Bréfritari: Sigríður Pálsdóttir
Viðtakandi: Páll Pálsson
Dagsetning: A-1841-12-12
Skrifað á: Síðumúla  Mýr.
Páll var bróðir Sigríðar

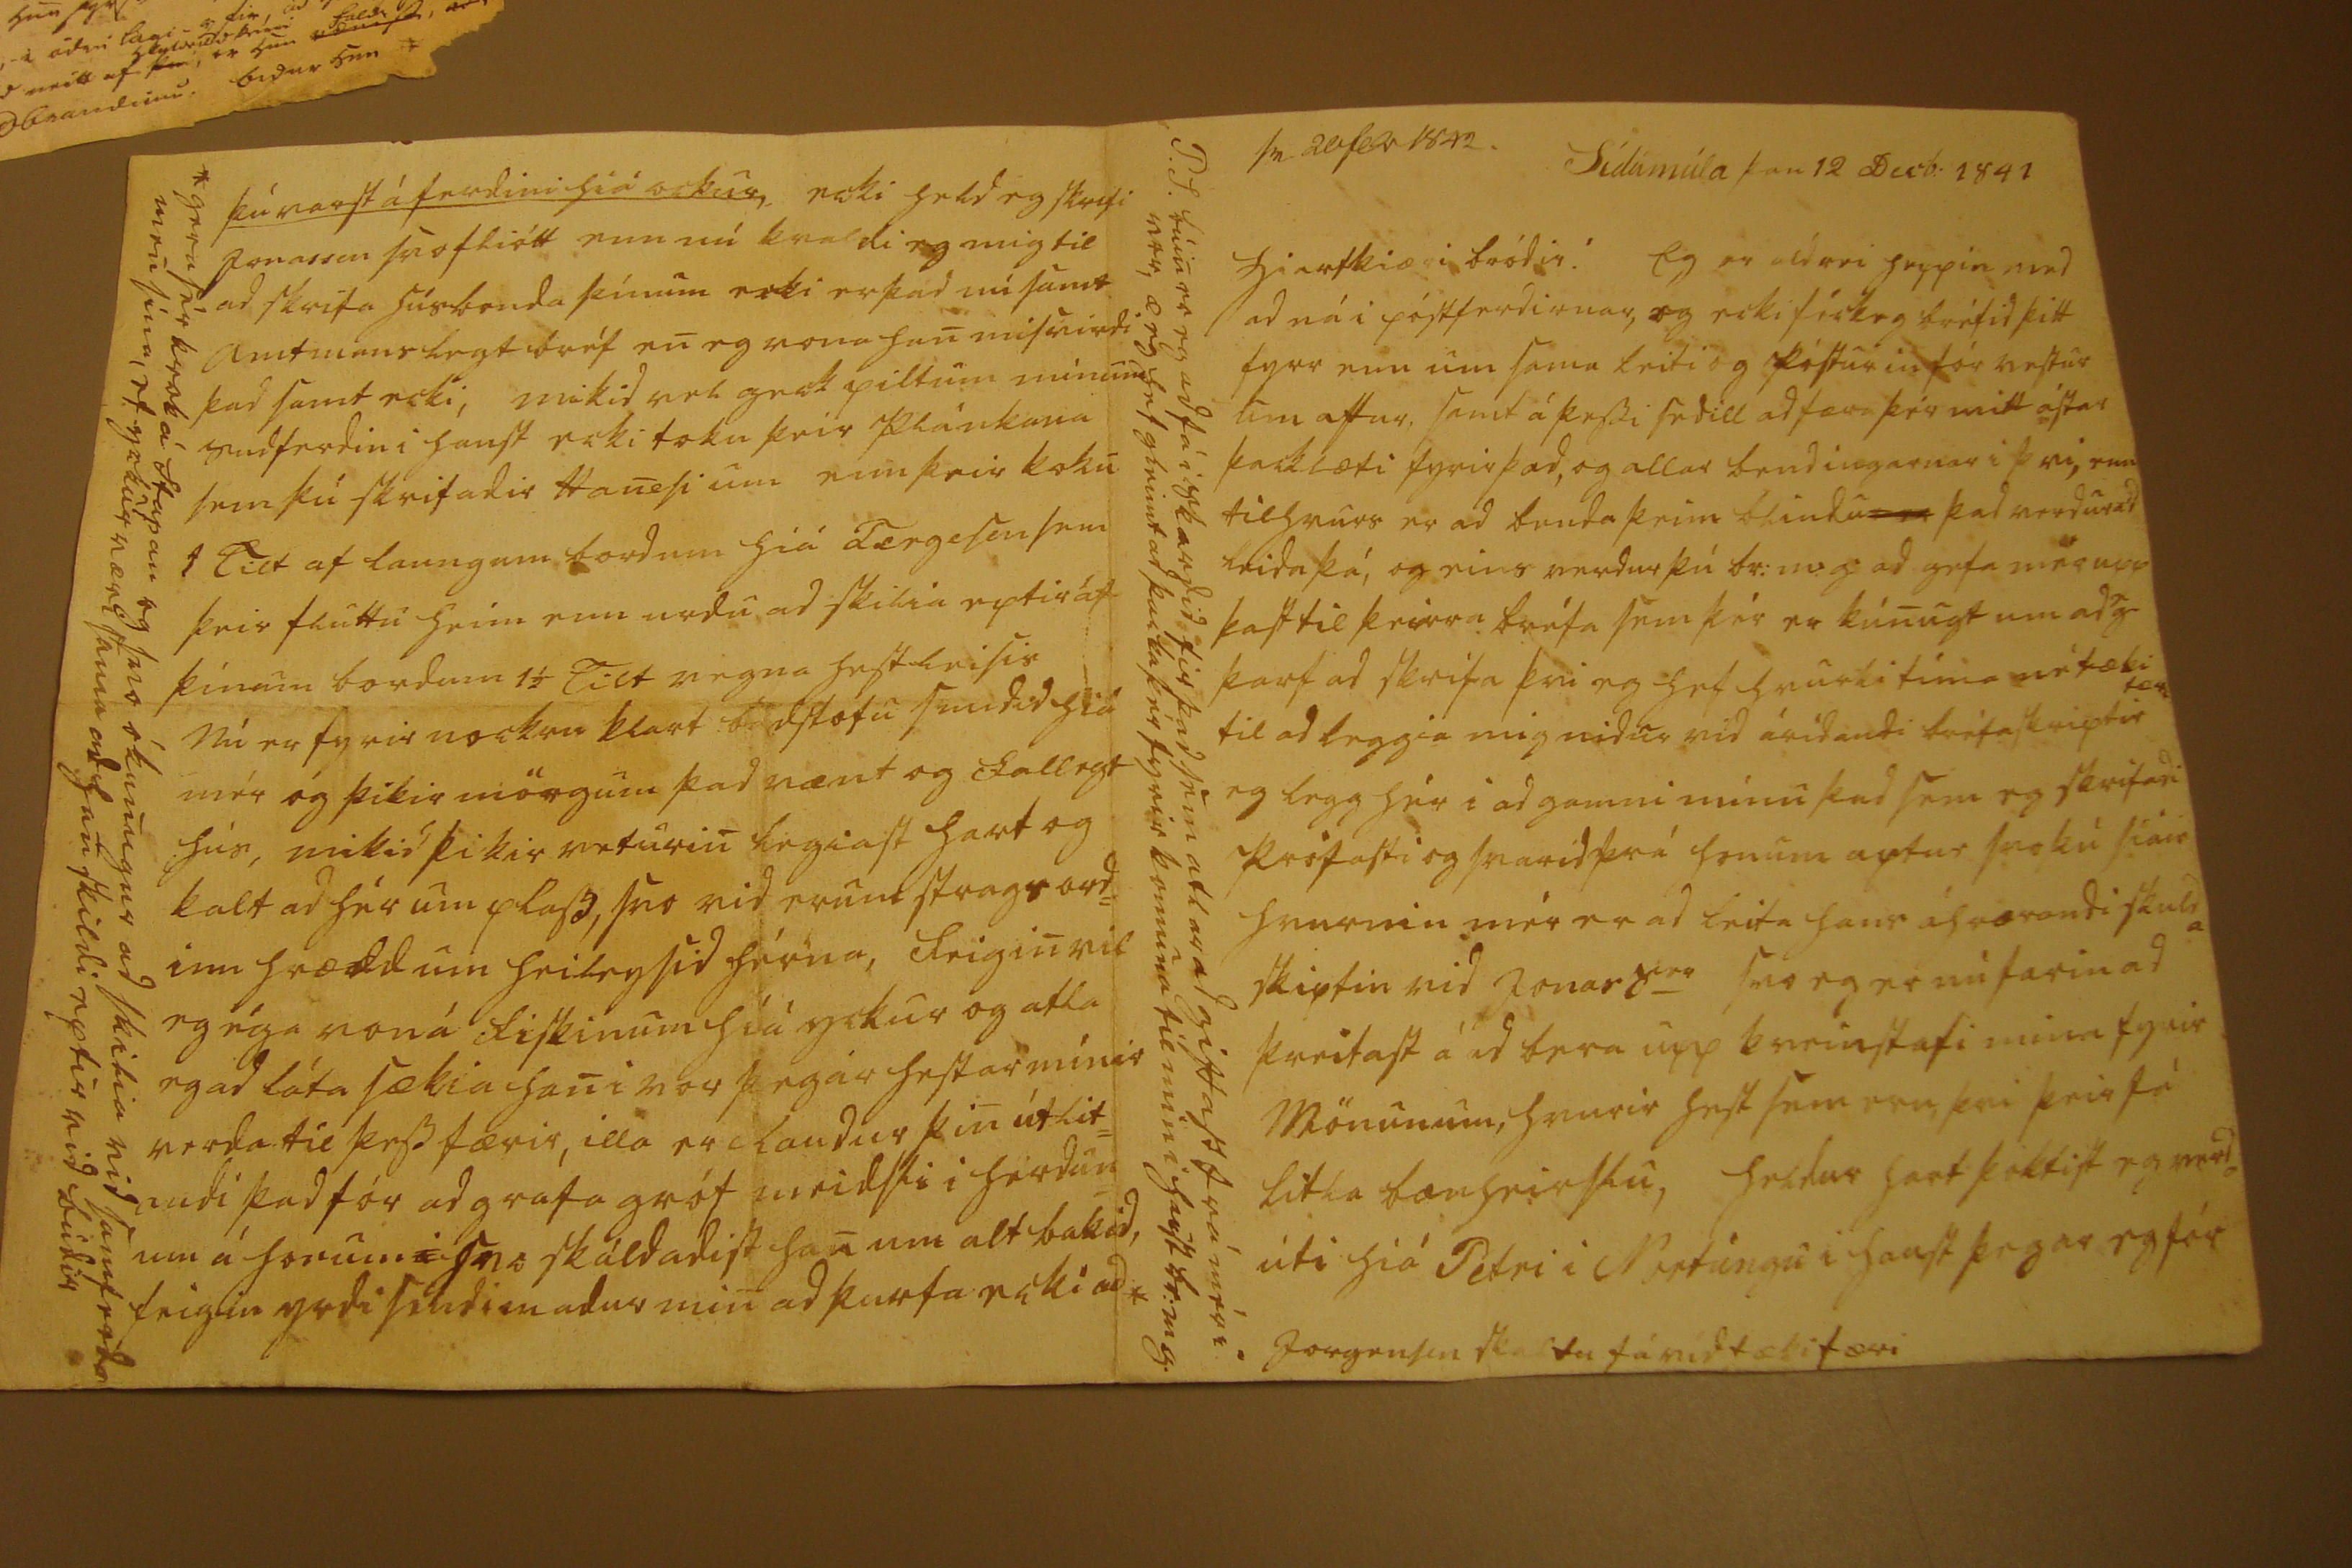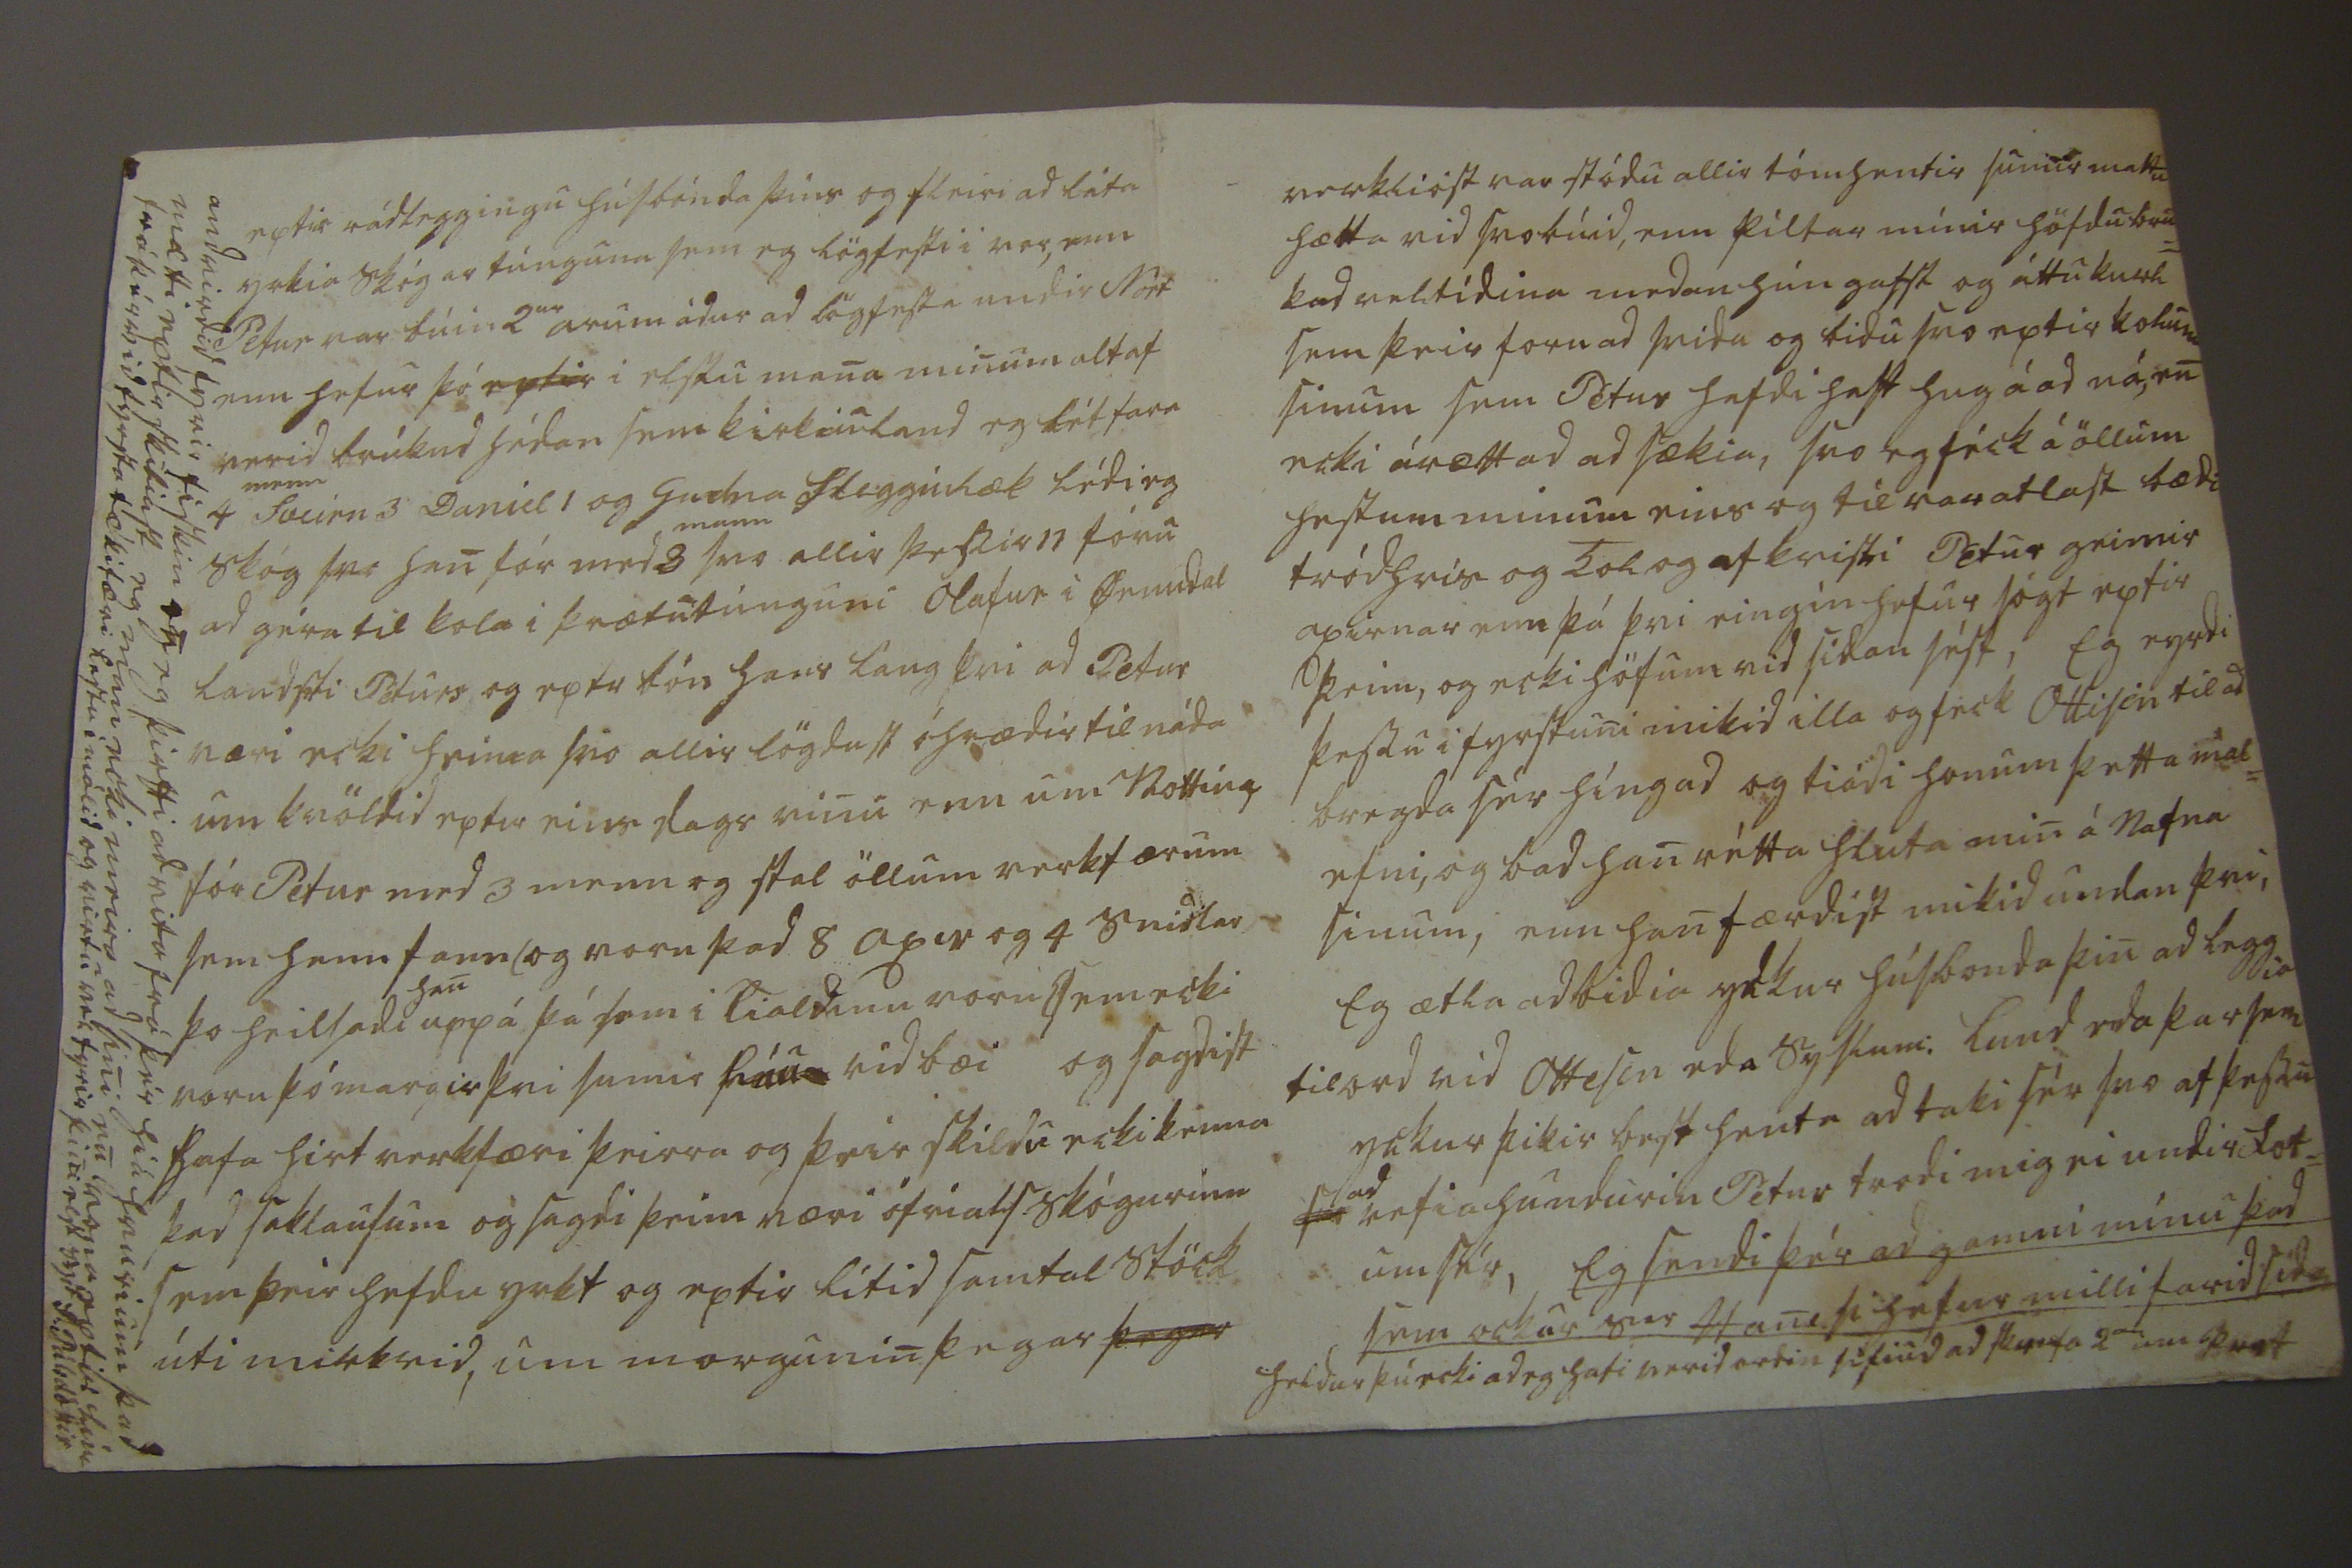

sv. 20 febr 1842 Sídumúla þan 12 Decb: 1841
Hiartkiæri bródir! Eg er aldrei heppin med ad ná i póstferdirnar, og ecki féck eg bréfid þitt fyrr enn um sama leiti og pósturin fór vestur um aftur, samt á þessi sedill ad færa þér mitt ástar þacklæti fyrir þad, og allar bendingarnar i þvi, enn tilhvurs er ad benda þeim blindu
er
þad verdur ad leida þá, og eins verdur þú br: m. g: ad gefa mér upp kast til þeirra bréfa sem þér er kúnugt um ad
e
g þarf ad skrifa þvi eg hef hvurki tíma né tækifæri til ad leggia mig nidur vid árídandi bréfaskriptir eg legg hér i ad gamni mínu þad sem eg skrifadi prófasti og svarid frá honum aptur svo þú siáir hvurnin mér er ad leita hans áhrærandi skulda skiptin vid Jonas S
er
svo eg er nú farin ad þreifast á ad bera upp kveinstafi mina fyrir Mönunum, hvurir hest sem eru, þvi þeir fá litla bænheirslu, heldur hart þóktist eg
verda
úti hiá Petri i Nortúngu i haust þegar eg fór
P.S. búin er eg ad fá i Skardid fir þad sem atlar ad giftast frá mér i vor, æ eg hef gleimt ad þacka þér fyrir komuna til min i haust br:m.g. Jorgensen skaltu fá vid tækifæri
eptir rádleggingu húsbónda þíns og fleiri ad láta yrkia skógar túnguna sem eg lögfesti i vor, enn Petur var búin 2
ur
arum ádur ad lögfesta undir Nort enn hefur þó
eptir
i elstu mana minum altaf verid brúkud hédan sem kirkiuland eg lét fara 4
menn
Sveirn 3 Daniel 1 og Gudna fleggiulæk lédi eg skóg svo han fór med 3
mann
svo allir þessir 11 fóru ad géra til kola i þrætutúnguni Olafur i Örundar landseti Péturs og eptir bón hans laug þvi ad Petur væri ecki heima svo allir lögdust óhrædir til náða um kvöldid eptir eins dags vinu enn um Nottina fór Petur med 3 menn og stal öllum verkfærum sem hann fann (og voru þad 8 axir og 4
snidlar
) þo heilsadi
han
uppá þá sem i Tialdinu voru
0
enn ecki voru þó margir þvi sumir
láu
vid bæi og sagdist hafa hirt verkfæri þeirra og þeir skildu ecki kenna þad saklausum og sagdi þeim væri ófrials skógurinn sem þeir hefdu yrkt og eptir lítid samtal stöck úti mirkrid, um morgunin þegar
þegar
verklióst var stódu allir tómhentir sumir mattu hætta vid svobúid, enn piltar mínir höfdu brú= kad veltídina medan hún gafst og áttu
kurl
sem þeir foru ad snida og bidu svo eptir kolum sinum sem Pétur hafdi haft hug á ad ná, en ecki árætt ad ad sækia, svo eg féck á öllum hestum minum eins og til var atlast bædi tródh
ris
og kol og af kvisti Pétur geimir axinar enn þá þvi eingin hefur sógt eptir þeim, og ecki höfum vid sídan sést, Eg eyrdi þessu i fyrstuni mikid illa og feck Ottise-in til ad bregda sér híngad og tiádi honum þetta má= efni, og bad han rétta hluta min á Nafna sínum, enn han færdist mikid undan þvi, Eg ætla ad bidia yckur húsbonda þin ad leggia tilord vid Ottesen eda syslum: Lund eda þar sem yckur þikir best henta ad taki sér svo af þessu
fór
ad
vefia hundurin Pétur trodi mig ei undir fot= um sér, Eg sendi þér ad gamni mínu þad sem ockur
s0e
Hanesi hefur milli farid sídan heldur þú ecki ad eg hafi verid ordin sifiud ad skrifa 2
an
um
þ0ot
þú varst á ferdini hiá ockur, ecki held eg skrifi Jonassen svo fliótt enn nú kvaldi eg mig til ad skrifa húsbonda þínum ecki er þad nú samt Amtmans legt bréf en eg vona han misvirdi þad samt ecki, mikid vel geck piltum mínum sudferdin i haust ecki toku þeir plánkana sem þú skrifadir Hanesi um enn þeir toku
4 Tilt
af laungum bordum hiá Tergesen sem þeir fluttu heim enn urdu ad skilia eptir af þínum bordum 1 1/2 Tilt vegna hestleisis Nú er fyrir nockru klart b
a
dstofu smidid hiá mér og þikir mörgum þad vænt og fallegt hús, mikid þikir veturin legiast hart og kalt ad hér um plass, svo vid erum strags ord= inn hrædd um heilegsid hérna, Feigin vil eg éga vonaá fiskinum hiá yckur og atla eg ad láta sækia han i vor þegar hestar mínir verda til þess færir, illa er Raudur þin útlit= andi þad fór ad grafa gróf meidsli i herdun= um á honum
i
svo skáldadist han um alt bakid, seiglin yrdi sendimadur min ad þurfa ecki ad *
*gera sér krok á Stapan og svo ókunugur ad skilia vid samferda men sína, ef yckur væri sama ad han skildi eptir vid búdir